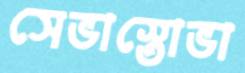
সেভাস্তোভা